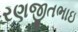
રણજીતભાઇ